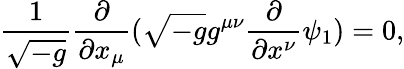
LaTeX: \frac{1}{\sqrt{-g}}\frac{\partial}{\partial x_{\mu}}(\sqrt{-g}g^{\mu\nu}\frac{\partial}{\partial x^{\nu}}\psi_{1})=0,